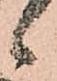
候